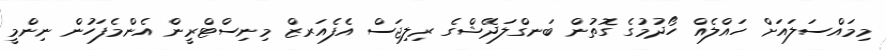
މިމައްސަލައަށް ހައްލެއް ހޯދުމުގެ ގޮތުން ބަނގްލަދޭޝްގެ ރިލިޖަސް އެފެއަރޒް މިނިސްޓްރީން އެންމެފަހުން ނިންމީ